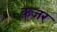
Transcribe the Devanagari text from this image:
क़जर